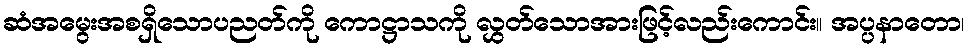
ဆံအမွေးအစရှိသောပညတ်ကို ကောဋ္ဌာသကို လွှတ်သောအားဖြင့်လည်းကောင်း။ အပ္ပနာတော၊